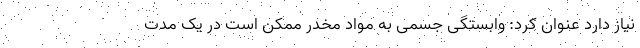
نیاز دارد عنوان کرد: وابستگی جسمی به مواد مخدر ممکن است در یک مدت